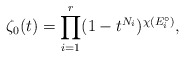
\begin{align*} \zeta_0(t) = \prod_{i = 1}^r (1-t^{N_i})^{\chi(E_i^\circ)},\end{align*}